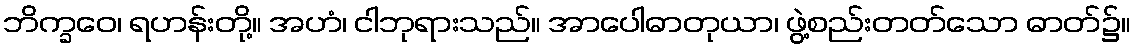
ဘိက္ခဝေ၊ ရဟန်းတို့။ အဟံ၊ ငါဘုရားသည်။ အာပေါဓာတုယာ၊ ဖွဲ့စည်းတတ်သော ဓာတ်၌။